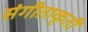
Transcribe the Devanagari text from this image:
संगीताकृती